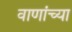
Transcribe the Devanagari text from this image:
वाणांच्या